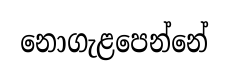
නොගැළපෙන්නේ